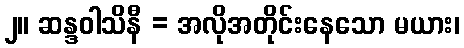
၂။ ဆန္ဒဝါသိနီ = အလိုအတိုင်းနေသော မယား၊